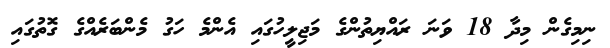
ނިމިގެން މިދާ 18 ވަނަ ރައްޔިތުންގެ މަޖިލީހުގައި އެންމެ ހަގު މެންބަރެއްގެ ގޮތުގައި